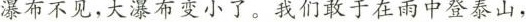
瀑布不见，大瀑布变小了。我们敢于在雨中登泰山，